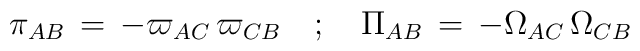
\pi_{AB} \, = \,  -  \varpi_{AC} \, \varpi_{CB} \quad ; \quad \Pi_{AB} \, = \,  -  \Omega_{AC} \, \Omega_{CB}